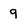
Character: 9